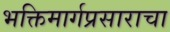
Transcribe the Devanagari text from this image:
भक्तिमार्गप्रसाराचा